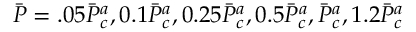
\Bar { P } = . 0 5 \Bar { P } _ { c } ^ { a } , 0 . 1 \Bar { P } _ { c } ^ { a } , 0 . 2 5 \Bar { P } _ { c } ^ { a } , 0 . 5 \Bar { P } _ { c } ^ { a } , \Bar { P } _ { c } ^ { a } , 1 . 2 \Bar { P } _ { c } ^ { a }